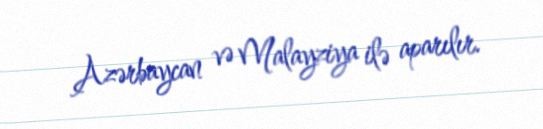
Azərbaycan və Malayziya ilə aparılır.